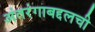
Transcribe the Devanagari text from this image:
अंतरंगाबद्दलची